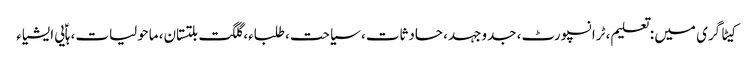
کیٹاگری میں : تعلیم، ٹرانسپورٹ، جدوجہد، حادثات، سیاحت، طلباء، گلگت بلتستان، ماحولیات، ہاؑیی ایشیاء